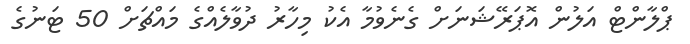
ޕްލާންޓް އަލުން އޮޕަރޭޝަނަށް ގެނެވުމާ އެކު މިހާރު ދުވާލެއްގެ މައްޗަށް 50 ޓަނުގެ